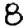
Digit: 8